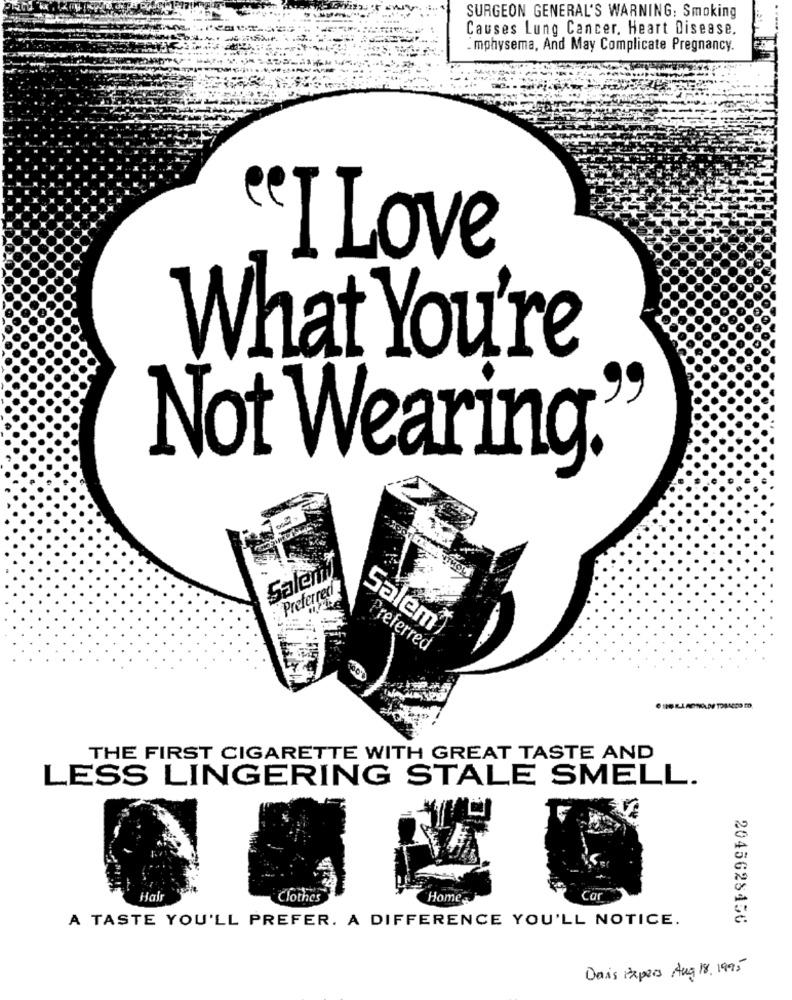
SURGEON GENERAL'S WARNING: Smoking
Causes Lung Cancer. Heart Disease.
. mphysema, And May Complicate Pregnancy.
"I Love
What You're
Not Wearing.
Salen
WHOL
Preferredi
Salem
Preferred
THE FIRST CIGARETTE WITH GREAT TASTE AND
LESS LINGERING STALE SMELL.
Hal
Clothes
Home
A TASTE YOU'LL PREFER. A DIFFERENCE YOU'LL NOTICE.
2045628456
Dais Papers Aug 18, 1995